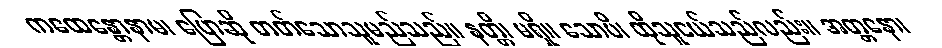
ကထေန္တောနာမ၊ ပြောဆို တတ်သောသူမည်သည်။ နတ္တိ၊ မရှိ။ သောပိ၊ ထိုသူငယ်သည်လည်း။ အတ္တနော၊